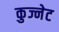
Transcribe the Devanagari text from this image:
कुज्नेट